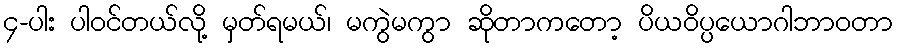
၄-ပါး ပါဝင်တယ်လို့ မှတ်ရမယ်၊ မကွဲမကွာ ဆိုတာကတော့ ပိယဝိပ္ပယောဂါဘာဝတာ